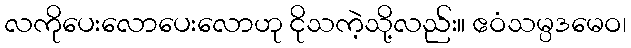
လကိုပေးလောပေးလောဟု ငိုသကဲ့သို့လည်း။ ဧဝံသမ္ပဒမေဝ၊